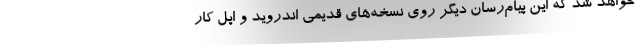
خواهد شد که این پیام‌رسان دیگر روی نسخه‌های قدیمی اندروید و اپل کار